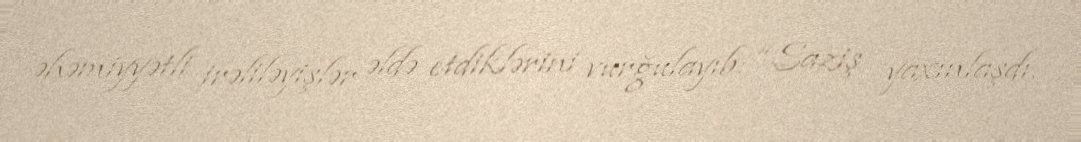
əhəmiyyətli irəliləyişlər əldə etdiklərini vurğulayıb: “Saziş yaxınlaşdı.